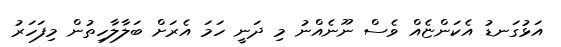
އަޅުގަނޑު އެކަންޏެއް ވެސް ނޫނެއްނު މި ދަނީ ހަމަ އެރަށް ބަލާލާހިތުން މިފަހަރު